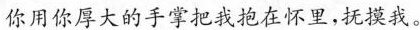
你用你厚大的手掌把我抱在怀里，抚摸我。